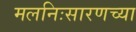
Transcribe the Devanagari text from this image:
मलनिःसारणच्या